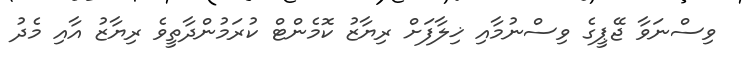
ވިސްނަވާ ޖޭޕީގެ ވިސްނުމާއި ޚިލާފަށް ރިޔާޒު ކޮމެންޓް ކުރަމުންދާތީވެ ރިޔާޒު އާއި މެދު